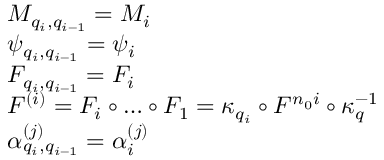
\begin{array} { r l } & { M _ { q _ { i } , q _ { i - 1 } } = M _ { i } } \\ & { \psi _ { q _ { i } , q _ { i - 1 } } = \psi _ { i } } \\ & { F _ { q _ { i } , q _ { i - 1 } } = F _ { i } } \\ & { F ^ { ( i ) } = F _ { i } \circ \dots \circ F _ { 1 } = \kappa _ { q _ { i } } \circ F ^ { n _ { 0 } i } \circ \kappa _ { q } ^ { - 1 } } \\ & { \alpha _ { q _ { i } , q _ { i - 1 } } ^ { ( j ) } = \alpha _ { i } ^ { ( j ) } } \end{array}